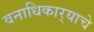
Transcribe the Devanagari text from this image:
वनाधिकार्‍याचे